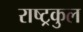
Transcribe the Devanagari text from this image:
राष्‍ट्रकुल